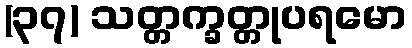
(၃၇) သတ္တက္ခတ္တုပရမော